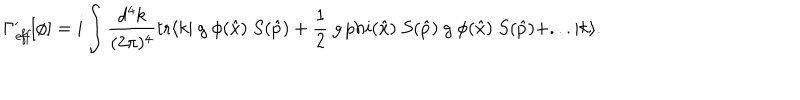
LaTeX: \Gamma _ { \mathit { e f f } } ^ { \prime } [ \phi ] = i \int \frac { d ^ { 4 } k } { ( 2 \pi ) ^ { 4 } } \mathrm { t r } \langle k | \ g \ \phi ( \hat { x } ) \ S ( \hat { p } ) + \frac { 1 } { 2 } \ g \, p h i ( \hat { x } ) \ S ( \hat { p } ) \ g \ \phi ( \hat { x } ) \ S ( \hat { p } ) + . . . | k \rangle .